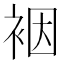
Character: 裀